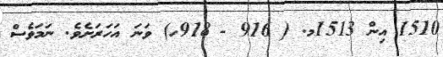
1510 އިން 1513މ. ( 916 - 918ހ) ވަނަ އަހަރަށެވެ. ނަމަވެސް